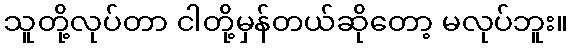
သူတို့လုပ်တာ ငါတို့မှန်တယ်ဆိုတော့ မလုပ်ဘူး။